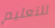
للتعليم